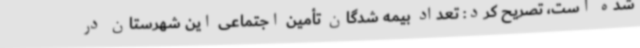
شده است، تصریح کرد: تعداد بیمه شدگان تأمین اجتماعی این شهرستان در